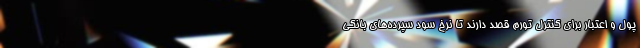
پول و اعتبار برای کنترل تورم قصد دارند تا نرخ سود سپرده‌های بانکی